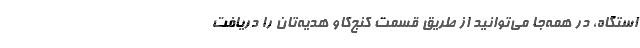
استگاه، در همه‌جا می‌توانید از طریق قسمت کنج‌کاو هدیه‌تان را دریافت